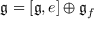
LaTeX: { \mathfrak { g } } = [ { \mathfrak { g } } , e ] \oplus { \mathfrak { g } } _ { f }